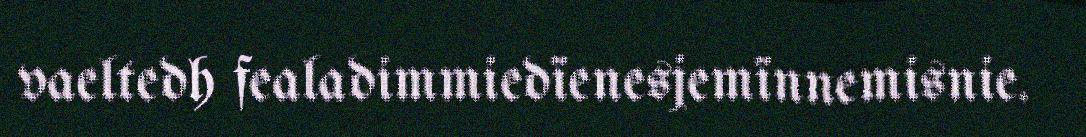
vaeltedh fealadimmiedïenesjemïnnemisnie.